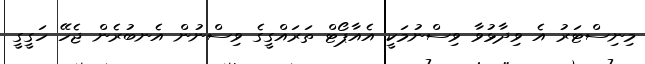
މިނިސްޓަރު އެ ވިދާޅުވާ ވިސްނުމަކީ އެއާޕޯޓް ތަރައްގީގެ ވިސްނުން އެނބުރެން ޖެހޭ ހަގީގީ